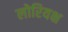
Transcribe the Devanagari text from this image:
लोरियक्ष